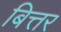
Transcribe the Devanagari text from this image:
बित्तर